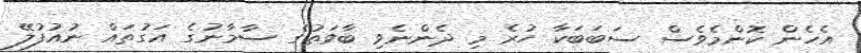
އެހެން ކޮންމެވެސް ސަބަބަކާ ހުރެ މި ދެންނެވި ބާވަތުގެ ސާމާނުގެ އަގުތައް ނުއުފުލޭ